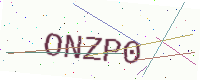
Text: ONZP0